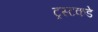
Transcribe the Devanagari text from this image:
ट्रस्टकडे